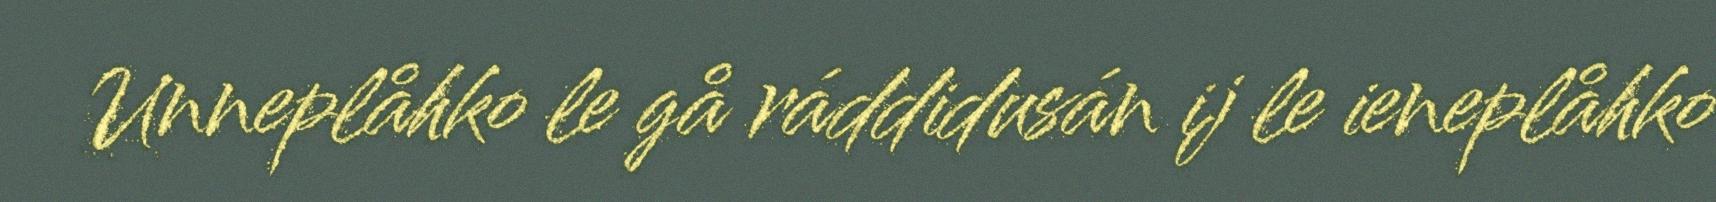
Unneplåhko le gå ráddidusán ij le ieneplåhko